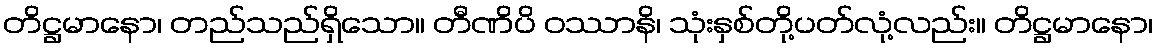
တိဋ္ဌမာနော၊ တည်သည်ရှိသော။ တီဏိပိ ဝဿာနိ၊ သုံးနှစ်တို့ပတ်လုံ့လည်း။ တိဋ္ဌမာနော၊